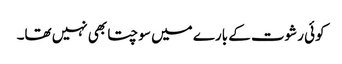
کوئی رشوت کے بارے میں سوچتا بھی نہیں تھا۔